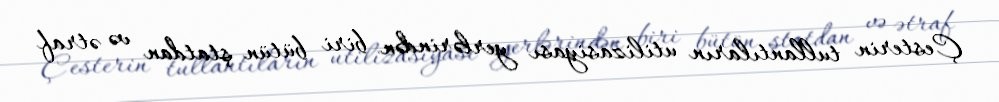
Çesterin tullantıların utilizasiyası yerlərindən biri bütün ştatdan və ətraf